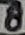
Text: 8